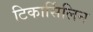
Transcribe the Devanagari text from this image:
टिकार्सिलिन